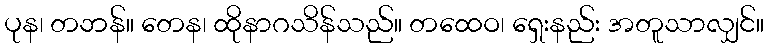
ပုန၊ တဘန်။ တေန၊ ထိုနာဂသိန်သည်။ တထေဝ၊ ရှေးနည်း အတူသာလျှင်။